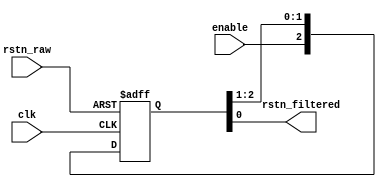
// Copyright 2008 Altera Corporation. All rights reserved.  
// Altera products are protected under numerous U.S. and foreign patents, 
// maskwork rights, copyrights and other intellectual property laws.  
//
// This reference design file, and your use thereof, is subject to and governed
// by the terms and conditions of the applicable Altera Reference Design 
// License Agreement (either as signed by you or found at www.altera.com).  By
// using this reference design file, you indicate your acceptance of such terms
// and conditions between you and Altera Corporation.  In the event that you do
// not agree with such terms and conditions, you may not use the reference 
// design file and please promptly destroy any copies you have made.
//
// This reference design file is being provided on an "as-is" basis and as an 
// accommodation and therefore all warranties, representations or guarantees of 
// any kind (whether express, implied or statutory) including, without 
// limitation, warranties of merchantability, non-infringement, or fitness for
// a particular purpose, are specifically disclaimed.  By making this reference
// design file available, Altera expressly does not recommend, suggest or 
// require that this reference design file be used in combination with any 
// other product not provided by Altera.
/////////////////////////////////////////////////////////////////////////////

// 
// Asynchronous reset filter
// Important properties :
//
//	1) The reset_n propagates immediately to output,
//    even if the clock is not operating.
//
//  2) The reset pulse will last for at least (PULSE_HOLD - 1)
//    clock ticks. 
//
//  3) The removal (de-assertion) of the reset will occur 
//    synchronously
//
//  4) circuit powers up in the reset asserted state
//
//  5) circuit can only leave the reset state if clock is 
//    operating, and enable = 1

module reset_filter (
	enable,
	rstn_raw,
	clk,
	rstn_filtered
);

//
// "2" is the most common number for this parameter
// (enforces at least 1 cycle of reset)
//
// I personally am willing to spend 1 more register
// to see a nice robust length 2+ pulse.   The LABwide
// clr is already selected, might as well USE it.
//
parameter PULSE_HOLD = 3;  

input enable;
input rstn_raw;
input clk;
output rstn_filtered;

reg [PULSE_HOLD-1:0] rstn_reg /* synthesis preserve */;
initial rstn_reg = {PULSE_HOLD{1'b0}};

always @(posedge clk or negedge rstn_raw) begin
  if (!rstn_raw) begin
    rstn_reg <= {PULSE_HOLD{1'b0}};
  end
  else begin
	rstn_reg <= {enable,rstn_reg[PULSE_HOLD-1:1]};
  end
end

assign rstn_filtered = rstn_reg[0];

endmodule